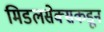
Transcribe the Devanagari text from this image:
मिडलसेक्सकडून